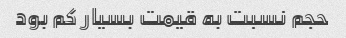
حجم نسبت به قیمت بسیار کم بود